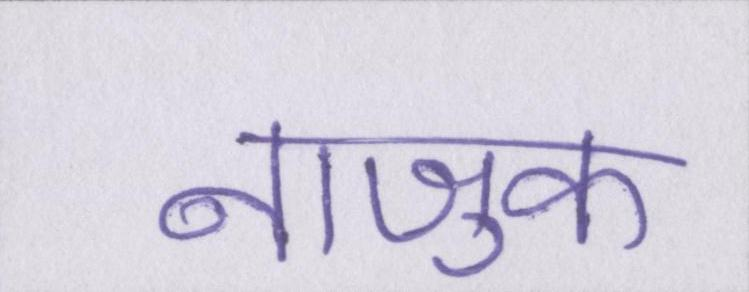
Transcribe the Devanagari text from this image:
नाजुक